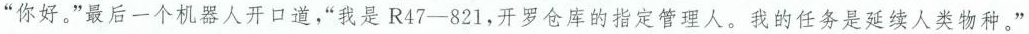
“你好。”最后一个机器人开口道，“我是R47—821，开罗仓库的指定管理人。我的任务是延续人类物种。”